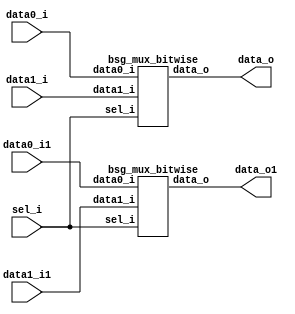


module top
(
  data0_i,
  data1_i,
  sel_i,
  data_o,
  data0_i1, // added for decompiling
  data1_i1, // added for decompiling
  data_o1 // added for decompiling
);

  input [31:0] data0_i;
  input [31:0] data1_i;
  input [31:0] sel_i;
  output [31:0] data_o;
  input [31:0] data0_i1; // added for decompiling
  input [31:0] data1_i1; // added for decompiling
  output [31:0] data_o1; // added for decompiling

  bsg_mux_bitwise
  wrapper
  (
    .data0_i(data0_i),
    .data1_i(data1_i),
    .sel_i(sel_i),
    .data_o(data_o)
  );

  bsg_mux_bitwise
  wrapper1
  (
    .data0_i(data0_i1), // added for decompiling
    .data1_i(data1_i1), // added for decompiling
    .sel_i(sel_i),
    .data_o(data_o1) // added for decompiling
  );


endmodule



module bsg_mux_segmented_segments_p32_segment_width_p1
(
  data0_i,
  data1_i,
  sel_i,
  data_o
);

  input [31:0] data0_i;
  input [31:0] data1_i;
  input [31:0] sel_i;
  output [31:0] data_o;
  wire [31:0] data_o;
  wire N0,N1,N2,N3,N4,N5,N6,N7,N8,N9,N10,N11,N12,N13,N14,N15,N16,N17,N18,N19,N20,N21,
  N22,N23,N24,N25,N26,N27,N28,N29,N30,N31,N32,N33,N34,N35,N36,N37,N38,N39,N40,N41,
  N42,N43,N44,N45,N46,N47,N48,N49,N50,N51,N52,N53,N54,N55,N56,N57,N58,N59,N60,N61,
  N62,N63;
  assign data_o[0] = (N0)? data1_i[0] : 
                     (N32)? data0_i[0] : 1'b0;
  assign N0 = sel_i[0];
  assign data_o[1] = (N1)? data1_i[1] : 
                     (N33)? data0_i[1] : 1'b0;
  assign N1 = sel_i[1];
  assign data_o[2] = (N2)? data1_i[2] : 
                     (N34)? data0_i[2] : 1'b0;
  assign N2 = sel_i[2];
  assign data_o[3] = (N3)? data1_i[3] : 
                     (N35)? data0_i[3] : 1'b0;
  assign N3 = sel_i[3];
  assign data_o[4] = (N4)? data1_i[4] : 
                     (N36)? data0_i[4] : 1'b0;
  assign N4 = sel_i[4];
  assign data_o[5] = (N5)? data1_i[5] : 
                     (N37)? data0_i[5] : 1'b0;
  assign N5 = sel_i[5];
  assign data_o[6] = (N6)? data1_i[6] : 
                     (N38)? data0_i[6] : 1'b0;
  assign N6 = sel_i[6];
  assign data_o[7] = (N7)? data1_i[7] : 
                     (N39)? data0_i[7] : 1'b0;
  assign N7 = sel_i[7];
  assign data_o[8] = (N8)? data1_i[8] : 
                     (N40)? data0_i[8] : 1'b0;
  assign N8 = sel_i[8];
  assign data_o[9] = (N9)? data1_i[9] : 
                     (N41)? data0_i[9] : 1'b0;
  assign N9 = sel_i[9];
  assign data_o[10] = (N10)? data1_i[10] : 
                      (N42)? data0_i[10] : 1'b0;
  assign N10 = sel_i[10];
  assign data_o[11] = (N11)? data1_i[11] : 
                      (N43)? data0_i[11] : 1'b0;
  assign N11 = sel_i[11];
  assign data_o[12] = (N12)? data1_i[12] : 
                      (N44)? data0_i[12] : 1'b0;
  assign N12 = sel_i[12];
  assign data_o[13] = (N13)? data1_i[13] : 
                      (N45)? data0_i[13] : 1'b0;
  assign N13 = sel_i[13];
  assign data_o[14] = (N14)? data1_i[14] : 
                      (N46)? data0_i[14] : 1'b0;
  assign N14 = sel_i[14];
  assign data_o[15] = (N15)? data1_i[15] : 
                      (N47)? data0_i[15] : 1'b0;
  assign N15 = sel_i[15];
  assign data_o[16] = (N16)? data1_i[16] : 
                      (N48)? data0_i[16] : 1'b0;
  assign N16 = sel_i[16];
  assign data_o[17] = (N17)? data1_i[17] : 
                      (N49)? data0_i[17] : 1'b0;
  assign N17 = sel_i[17];
  assign data_o[18] = (N18)? data1_i[18] : 
                      (N50)? data0_i[18] : 1'b0;
  assign N18 = sel_i[18];
  assign data_o[19] = (N19)? data1_i[19] : 
                      (N51)? data0_i[19] : 1'b0;
  assign N19 = sel_i[19];
  assign data_o[20] = (N20)? data1_i[20] : 
                      (N52)? data0_i[20] : 1'b0;
  assign N20 = sel_i[20];
  assign data_o[21] = (N21)? data1_i[21] : 
                      (N53)? data0_i[21] : 1'b0;
  assign N21 = sel_i[21];
  assign data_o[22] = (N22)? data1_i[22] : 
                      (N54)? data0_i[22] : 1'b0;
  assign N22 = sel_i[22];
  assign data_o[23] = (N23)? data1_i[23] : 
                      (N55)? data0_i[23] : 1'b0;
  assign N23 = sel_i[23];
  assign data_o[24] = (N24)? data1_i[24] : 
                      (N56)? data0_i[24] : 1'b0;
  assign N24 = sel_i[24];
  assign data_o[25] = (N25)? data1_i[25] : 
                      (N57)? data0_i[25] : 1'b0;
  assign N25 = sel_i[25];
  assign data_o[26] = (N26)? data1_i[26] : 
                      (N58)? data0_i[26] : 1'b0;
  assign N26 = sel_i[26];
  assign data_o[27] = (N27)? data1_i[27] : 
                      (N59)? data0_i[27] : 1'b0;
  assign N27 = sel_i[27];
  assign data_o[28] = (N28)? data1_i[28] : 
                      (N60)? data0_i[28] : 1'b0;
  assign N28 = sel_i[28];
  assign data_o[29] = (N29)? data1_i[29] : 
                      (N61)? data0_i[29] : 1'b0;
  assign N29 = sel_i[29];
  assign data_o[30] = (N30)? data1_i[30] : 
                      (N62)? data0_i[30] : 1'b0;
  assign N30 = sel_i[30];
  assign data_o[31] = (N31)? data1_i[31] : 
                      (N63)? data0_i[31] : 1'b0;
  assign N31 = sel_i[31];
  assign N32 = ~sel_i[0];
  assign N33 = ~sel_i[1];
  assign N34 = ~sel_i[2];
  assign N35 = ~sel_i[3];
  assign N36 = ~sel_i[4];
  assign N37 = ~sel_i[5];
  assign N38 = ~sel_i[6];
  assign N39 = ~sel_i[7];
  assign N40 = ~sel_i[8];
  assign N41 = ~sel_i[9];
  assign N42 = ~sel_i[10];
  assign N43 = ~sel_i[11];
  assign N44 = ~sel_i[12];
  assign N45 = ~sel_i[13];
  assign N46 = ~sel_i[14];
  assign N47 = ~sel_i[15];
  assign N48 = ~sel_i[16];
  assign N49 = ~sel_i[17];
  assign N50 = ~sel_i[18];
  assign N51 = ~sel_i[19];
  assign N52 = ~sel_i[20];
  assign N53 = ~sel_i[21];
  assign N54 = ~sel_i[22];
  assign N55 = ~sel_i[23];
  assign N56 = ~sel_i[24];
  assign N57 = ~sel_i[25];
  assign N58 = ~sel_i[26];
  assign N59 = ~sel_i[27];
  assign N60 = ~sel_i[28];
  assign N61 = ~sel_i[29];
  assign N62 = ~sel_i[30];
  assign N63 = ~sel_i[31];

endmodule



module bsg_mux_bitwise
(
  data0_i,
  data1_i,
  sel_i,
  data_o
);

  input [31:0] data0_i;
  input [31:0] data1_i;
  input [31:0] sel_i;
  output [31:0] data_o;
  wire [31:0] data_o;

  bsg_mux_segmented_segments_p32_segment_width_p1
  mux_segmented
  (
    .data0_i(data0_i),
    .data1_i(data1_i),
    .sel_i(sel_i),
    .data_o(data_o)
  );


endmodule